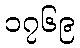
၁၇၆၉